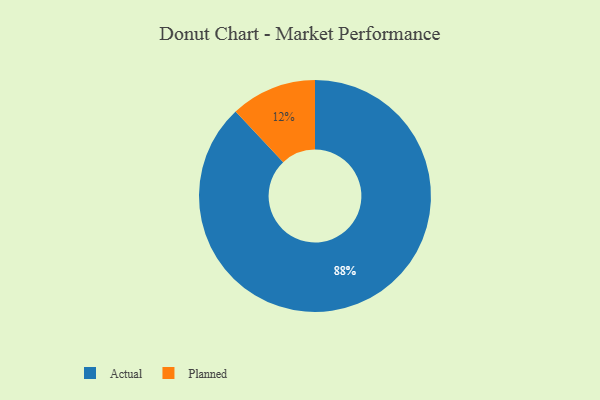
{"axis": {"x": "Category", "y": "Percentage"}, "legend": ["Actual", "Planned"], "data": [{"x": "Planned", "y": 12, "type": "Planned"}, {"x": "Actual", "y": 88, "type": "Actual"}]}